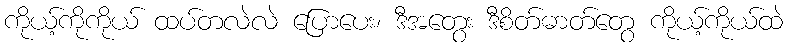
ကိုယ့်ကိုကိုယ် ထပ်တလဲလဲ ပြောပေး၊ ဒီအတွေး ဒီစိတ်ဓာတ်တွေ ကိုယ့်ကိုယ်ထဲ